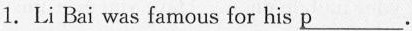
1. Li Bai was famous for his \underline{p}.